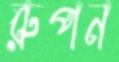
রুপন